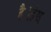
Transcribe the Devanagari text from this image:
है।हंस